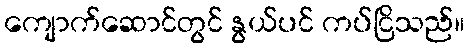
ကျောက်ဆောင်တွင် နွယ်ပင် ကပ်ငြိသည်။